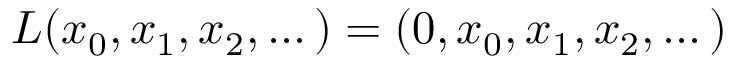
L ( x _ { 0 } , x _ { 1 } , x _ { 2 } , \dots ) = ( 0 , x _ { 0 } , x _ { 1 } , x _ { 2 } , \dots )